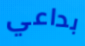
بداعي